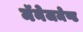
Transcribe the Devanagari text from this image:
मॅनेजमेण्ट